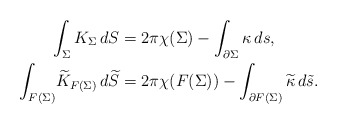
\begin{align*}\int_{\Sigma} K_\Sigma \, dS &= 2\pi \chi(\Sigma) - \int_{\partial \Sigma} \kappa \, d s,\\\int_{F(\Sigma)}\! \widetilde{K}_{F(\Sigma)} \, d \widetilde{S} &= 2\pi \chi(F(\Sigma)) - \int_{\partial F(\Sigma)} \widetilde{\kappa} \, d \tilde{s}.\end{align*}